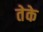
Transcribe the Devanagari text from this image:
तेके